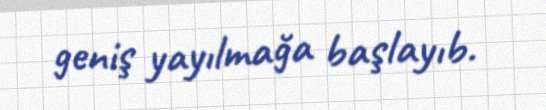
geniş yayılmağa başlayıb.